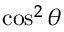
\cos ^ { 2 } \theta